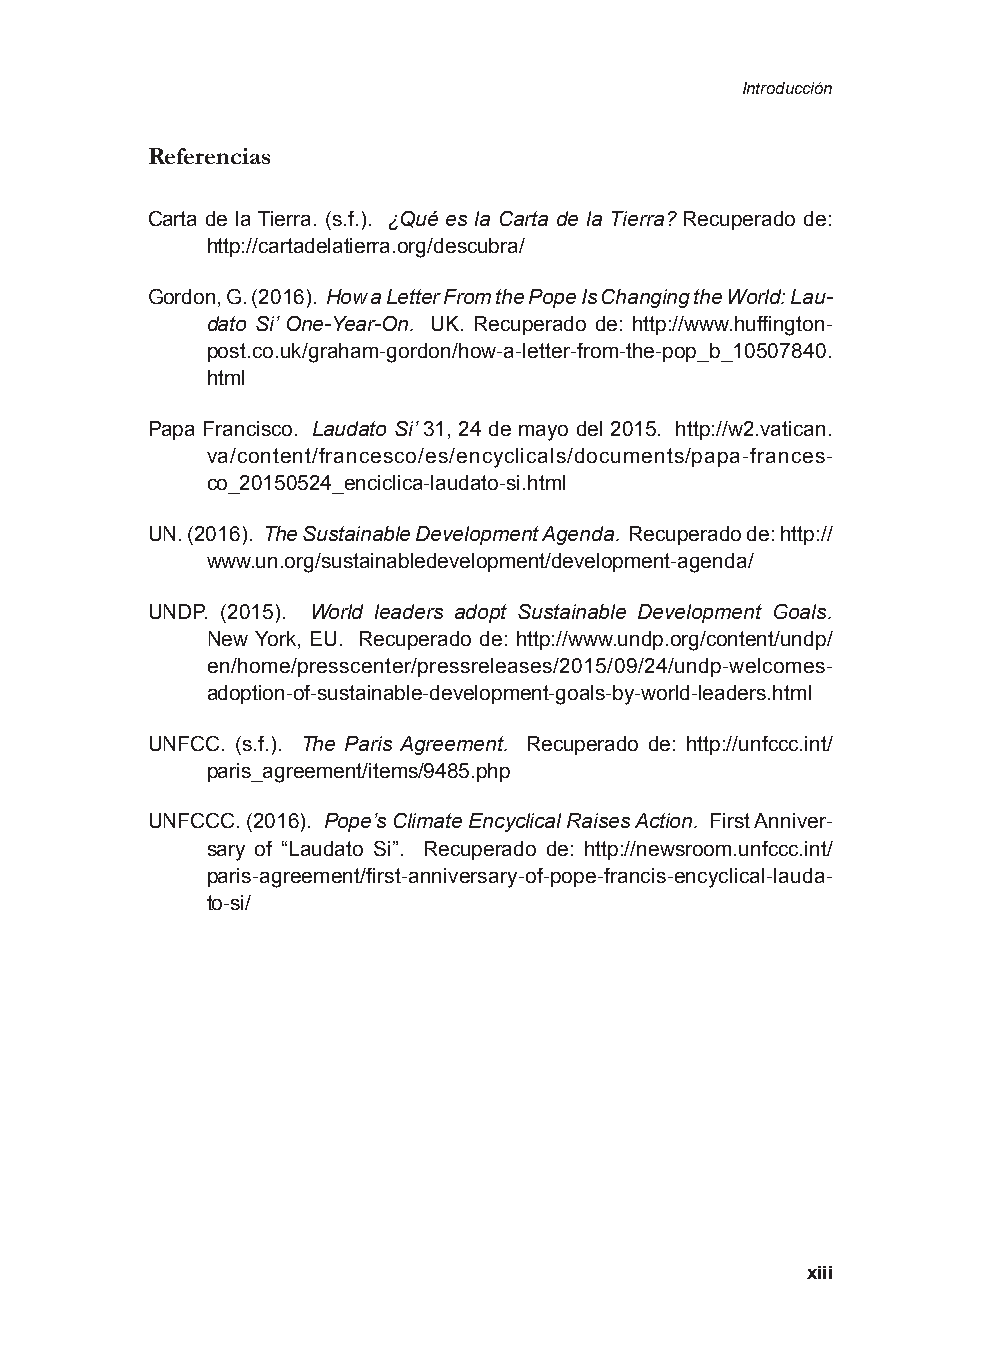
Introducción
 Referencias
 Carta de la Tierra. (s.f.). ¿Qué es la Carta de la Tierra? Recuperado de:
 http://cartadelatierra.org/descubra/
 Gordon, G. (2016). How a Letter From the Pope Is Changing the World: Lau-
 dato Si’ One-Year-On. UK. Recuperado de: http://www.huffington-
 post.co.uk/graham-gordon/how-a-letter-from-the-pop_b_10507840.
 html
 Papa Francisco. Laudato Si’ 31, 24 de mayo del 2015. http://w2.vatican.
 va/content/francesco/es/encyclicals/documents/papa-frances-
 co_20150524_enciclica-laudato-si.html
 UN. (2016). The Sustainable Development Agenda. Recuperado de: http://
 www.un.org/sustainabledevelopment/development-agenda/
 UNDP. (2015). World leaders adopt Sustainable Development Goals.
 New York, EU. Recuperado de: http://www.undp.org/content/undp/
 en/home/presscenter/pressreleases/2015/09/24/undp-welcomes-
 adoption-of-sustainable-development-goals-by-world-leaders.html
 UNFCC. (s.f.). The Paris Agreement. Recuperado de: http://unfccc.int/
 paris_agreement/items/9485.php
 UNFCCC. (2016). Pope’s Climate Encyclical Raises Action. First Anniver-
 sary of “Laudato Si”. Recuperado de: http://newsroom.unfccc.int/
 paris-agreement/first-anniversary-of-pope-francis-encyclical-lauda-
 to-si/
 xiii